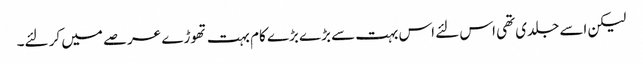
لیکن اسے جلدی تھی اس لئے اس بہت سے بڑے بڑے کام بہت تھوڑے عرصے میں کر لئے۔